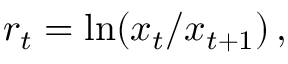
r _ { t } = \ln ( x _ { t } / x _ { t + 1 } ) \, ,